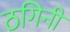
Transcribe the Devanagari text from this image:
ठगिनी